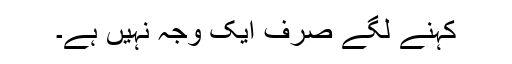
کہنے لگے صرف ایک وجہ نہیں ہے۔